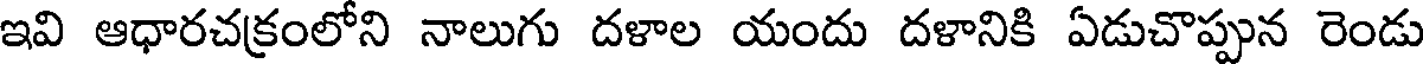
ఇవి ఆధారచక్రంలోని నాలుగు దళాల యందు దళానికి ఏడుచొప్పున రెండు